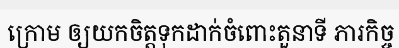
ក្រោម ឲ្យយកចិត្តទុកដាក់ចំពោះតួនាទី ភារកិច្ច